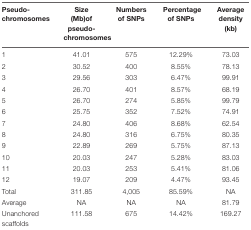
| Pseudo-chromosomes | Size (Mb)of pseudo-chromosomes | Numbers of SNPs | Percentage of SNPs | Average density (kb) |
 | --- | --- | --- | --- | --- |
 | 1 | 41.01 | 575 | 12.29% | 73.03 |
 | 2 | 30.52 | 400 | 8.55% | 78.13 |
 | 3 | 29.56 | 303 | 6.47% | 99.91 |
 | 4 | 26.70 | 401 | 8.57% | 68.19 |
 | 5 | 26.70 | 274 | 5.85% | 99.79 |
 | 6 | 25.75 | 352 | 7.52% | 74.91 |
 | 7 | 24.80 | 406 | 8.68% | 62.54 |
 | 8 | 24.80 | 316 | 6.75% | 80.35 |
 | 9 | 22.89 | 269 | 5.75% | 87.13 |
 | 10 | 20.03 | 247 | 5.28% | 83.03 |
 | 11 | 20.03 | 253 | 5.41% | 81.06 |
 | 12 | 19.07 | 209 | 4.47% | 93.45 |
 | Total | 311.85 | 4,005 | 85.59% | NA |
 | Average | NA | NA | NA | 81.79 |
 | Unanchored scaffolds | 111.58 | 675 | 14.42% | 169.27 |